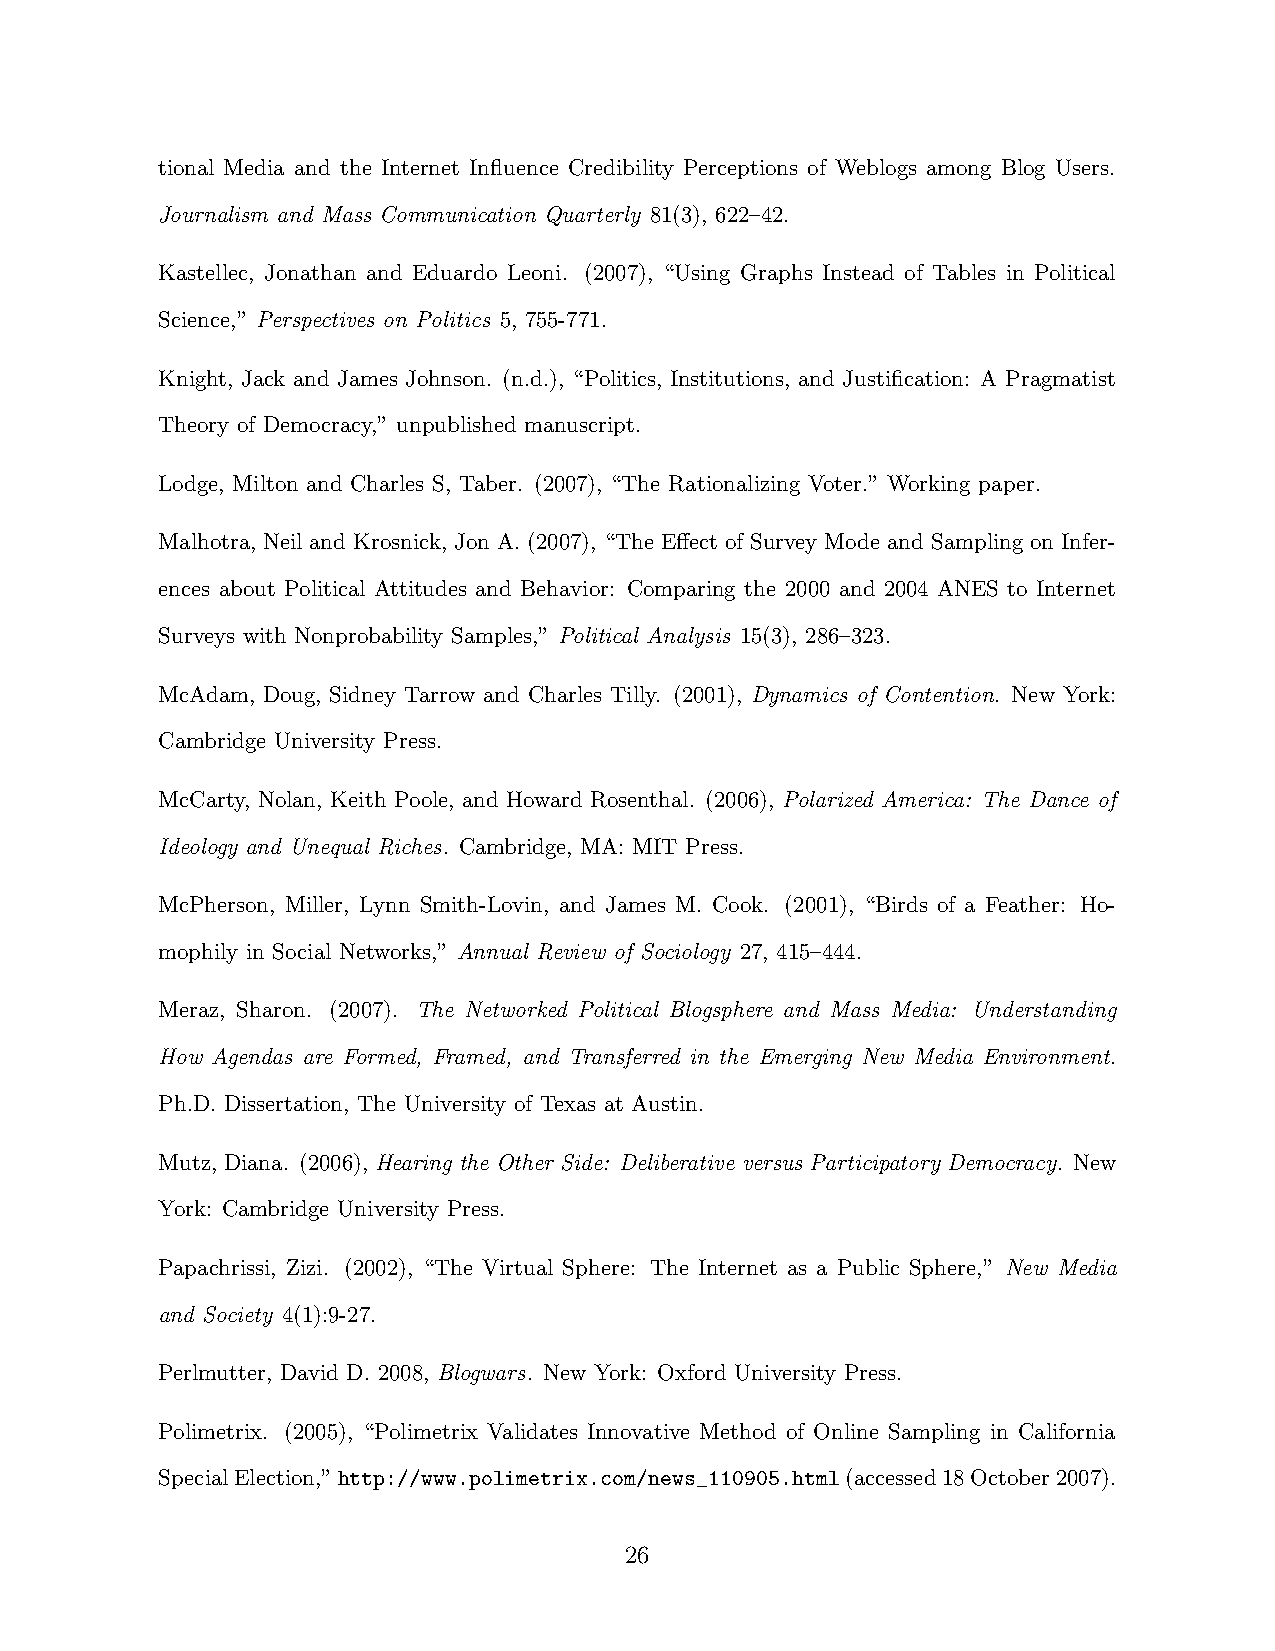
tional Media and the Internet Influence Credibility Perceptions of Weblogs among Blog Users.
 Journalism and Mass Communication Quarterly 81(3), 622–42.
 Kastellec, Jonathan and Eduardo Leoni. (2007), “Using Graphs Instead of Tables in Political
 Science,” Perspectives on Politics 5, 755-771.
 Knight, Jack and James Johnson. (n.d.), “Politics, Institutions, and Justification: A Pragmatist
 Theory of Democracy,” unpublished manuscript.
 Lodge, Milton and Charles S, Taber. (2007), “The Rationalizing Voter.” Working paper.
 Malhotra, Neil and Krosnick, Jon A. (2007), “The Effect of Survey Mode and Sampling on Infer-
 ences about Political Attitudes and Behavior: Comparing the 2000 and 2004 ANES to Internet
 Surveys with Nonprobability Samples,” Political Analysis 15(3), 286–323.
 McAdam, Doug, Sidney Tarrow and Charles Tilly. (2001), Dynamics of Contention. New York:
 Cambridge University Press.
 McCarty, Nolan, Keith Poole, and Howard Rosenthal. (2006), Polarized America: The Dance of
 Ideology and Unequal Riches. Cambridge, MA: MIT Press.
 McPherson, Miller, Lynn Smith-Lovin, and James M. Cook. (2001), “Birds of a Feather: Ho-
 mophily in Social Networks,” Annual Review of Sociology 27, 415–444.
 Meraz, Sharon. (2007). The Networked Political Blogsphere and Mass Media: Understanding
 How Agendas are Formed, Framed, and Transferred in the Emerging New Media Environment.
 Ph.D. Dissertation, The University of Texas at Austin.
 Mutz, Diana. (2006), Hearing the Other Side: Deliberative versus Participatory Democracy. New
 York: Cambridge University Press.
 Papachrissi, Zizi. (2002), “The Virtual Sphere: The Internet as a Public Sphere,” New Media
 and Society 4(1):9-27.
 Perlmutter, David D. 2008, Blogwars. New York: Oxford University Press.
 Polimetrix. (2005), “Polimetrix Validates Innovative Method of Online Sampling in California
 SpecialElection,”http://www.polimetrix.com/news_110905.html(accessed18October2007).
 26